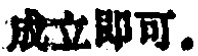
成立即可。